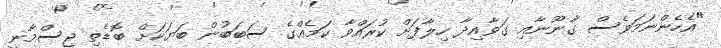
"އެހެންނަމަވެސް ގާނޫނާއި ގަވާއިދާ ހިލާފަށް ކުރައްވާ ކަމެއްގެ ސަބަބުން ބަޔަކަށް ބޮޑެތި ޖިސްމާނީ